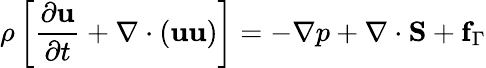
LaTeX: \rho\left[\frac{\partial\mathbf{u}}{\partial t}+\mathbf{\nabla}\cdot\left(\mathbf{u}\mathbf{u}\right)\right]=-\mathbf{\nabla}p+\mathbf{\nabla}\cdot\mathbf{S}+\mathbf{f}_{\Gamma}